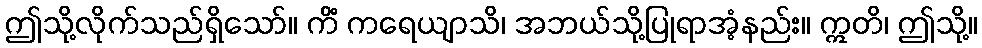
ဤသို့လိုက်သည်ရှိသော်။ ကိံ ကရေယျာသိ၊ အဘယ်သို့ပြုရာအံ့နည်း။ ဣတိ၊ ဤသို့။